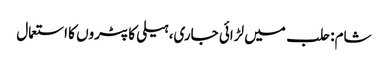
شام: حلب میں لڑائی جاری، ہیلی کاپٹروں کا استعمال